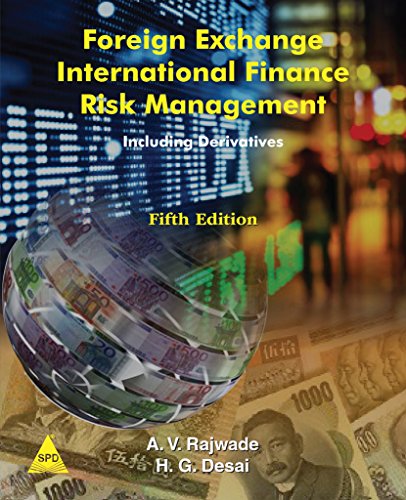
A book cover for Foreign Exchange International Finance Risk Management, 5th Edition; A. V. Rajwade; Business & Money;